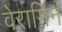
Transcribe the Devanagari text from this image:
वेरामिन